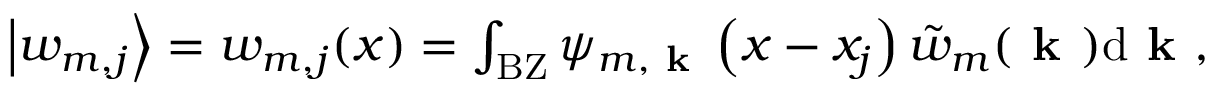
\begin{array} { r } { \left| w _ { m , j } \right\rangle = w _ { m , j } ( x ) = \int _ { \mathrm { B Z } } \psi _ { m , \textbf { k } } \left( x - x _ { j } \right) \tilde { w } _ { m } ( \textbf { k } ) \mathrm { d } \textbf { k } , } \end{array}